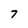
Character: 7